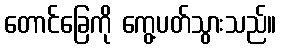
တောင်ခြေကို ကွေ့ပတ်သွားသည်။